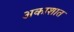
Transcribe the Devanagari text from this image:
अकाशात